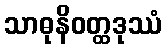
သာဓုနိဝတ္ထဒုဿံ